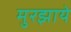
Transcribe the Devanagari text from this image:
मुरझाये